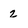
Character: 2